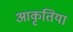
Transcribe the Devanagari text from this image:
आकृतिया